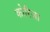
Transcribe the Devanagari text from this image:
कोरिजा